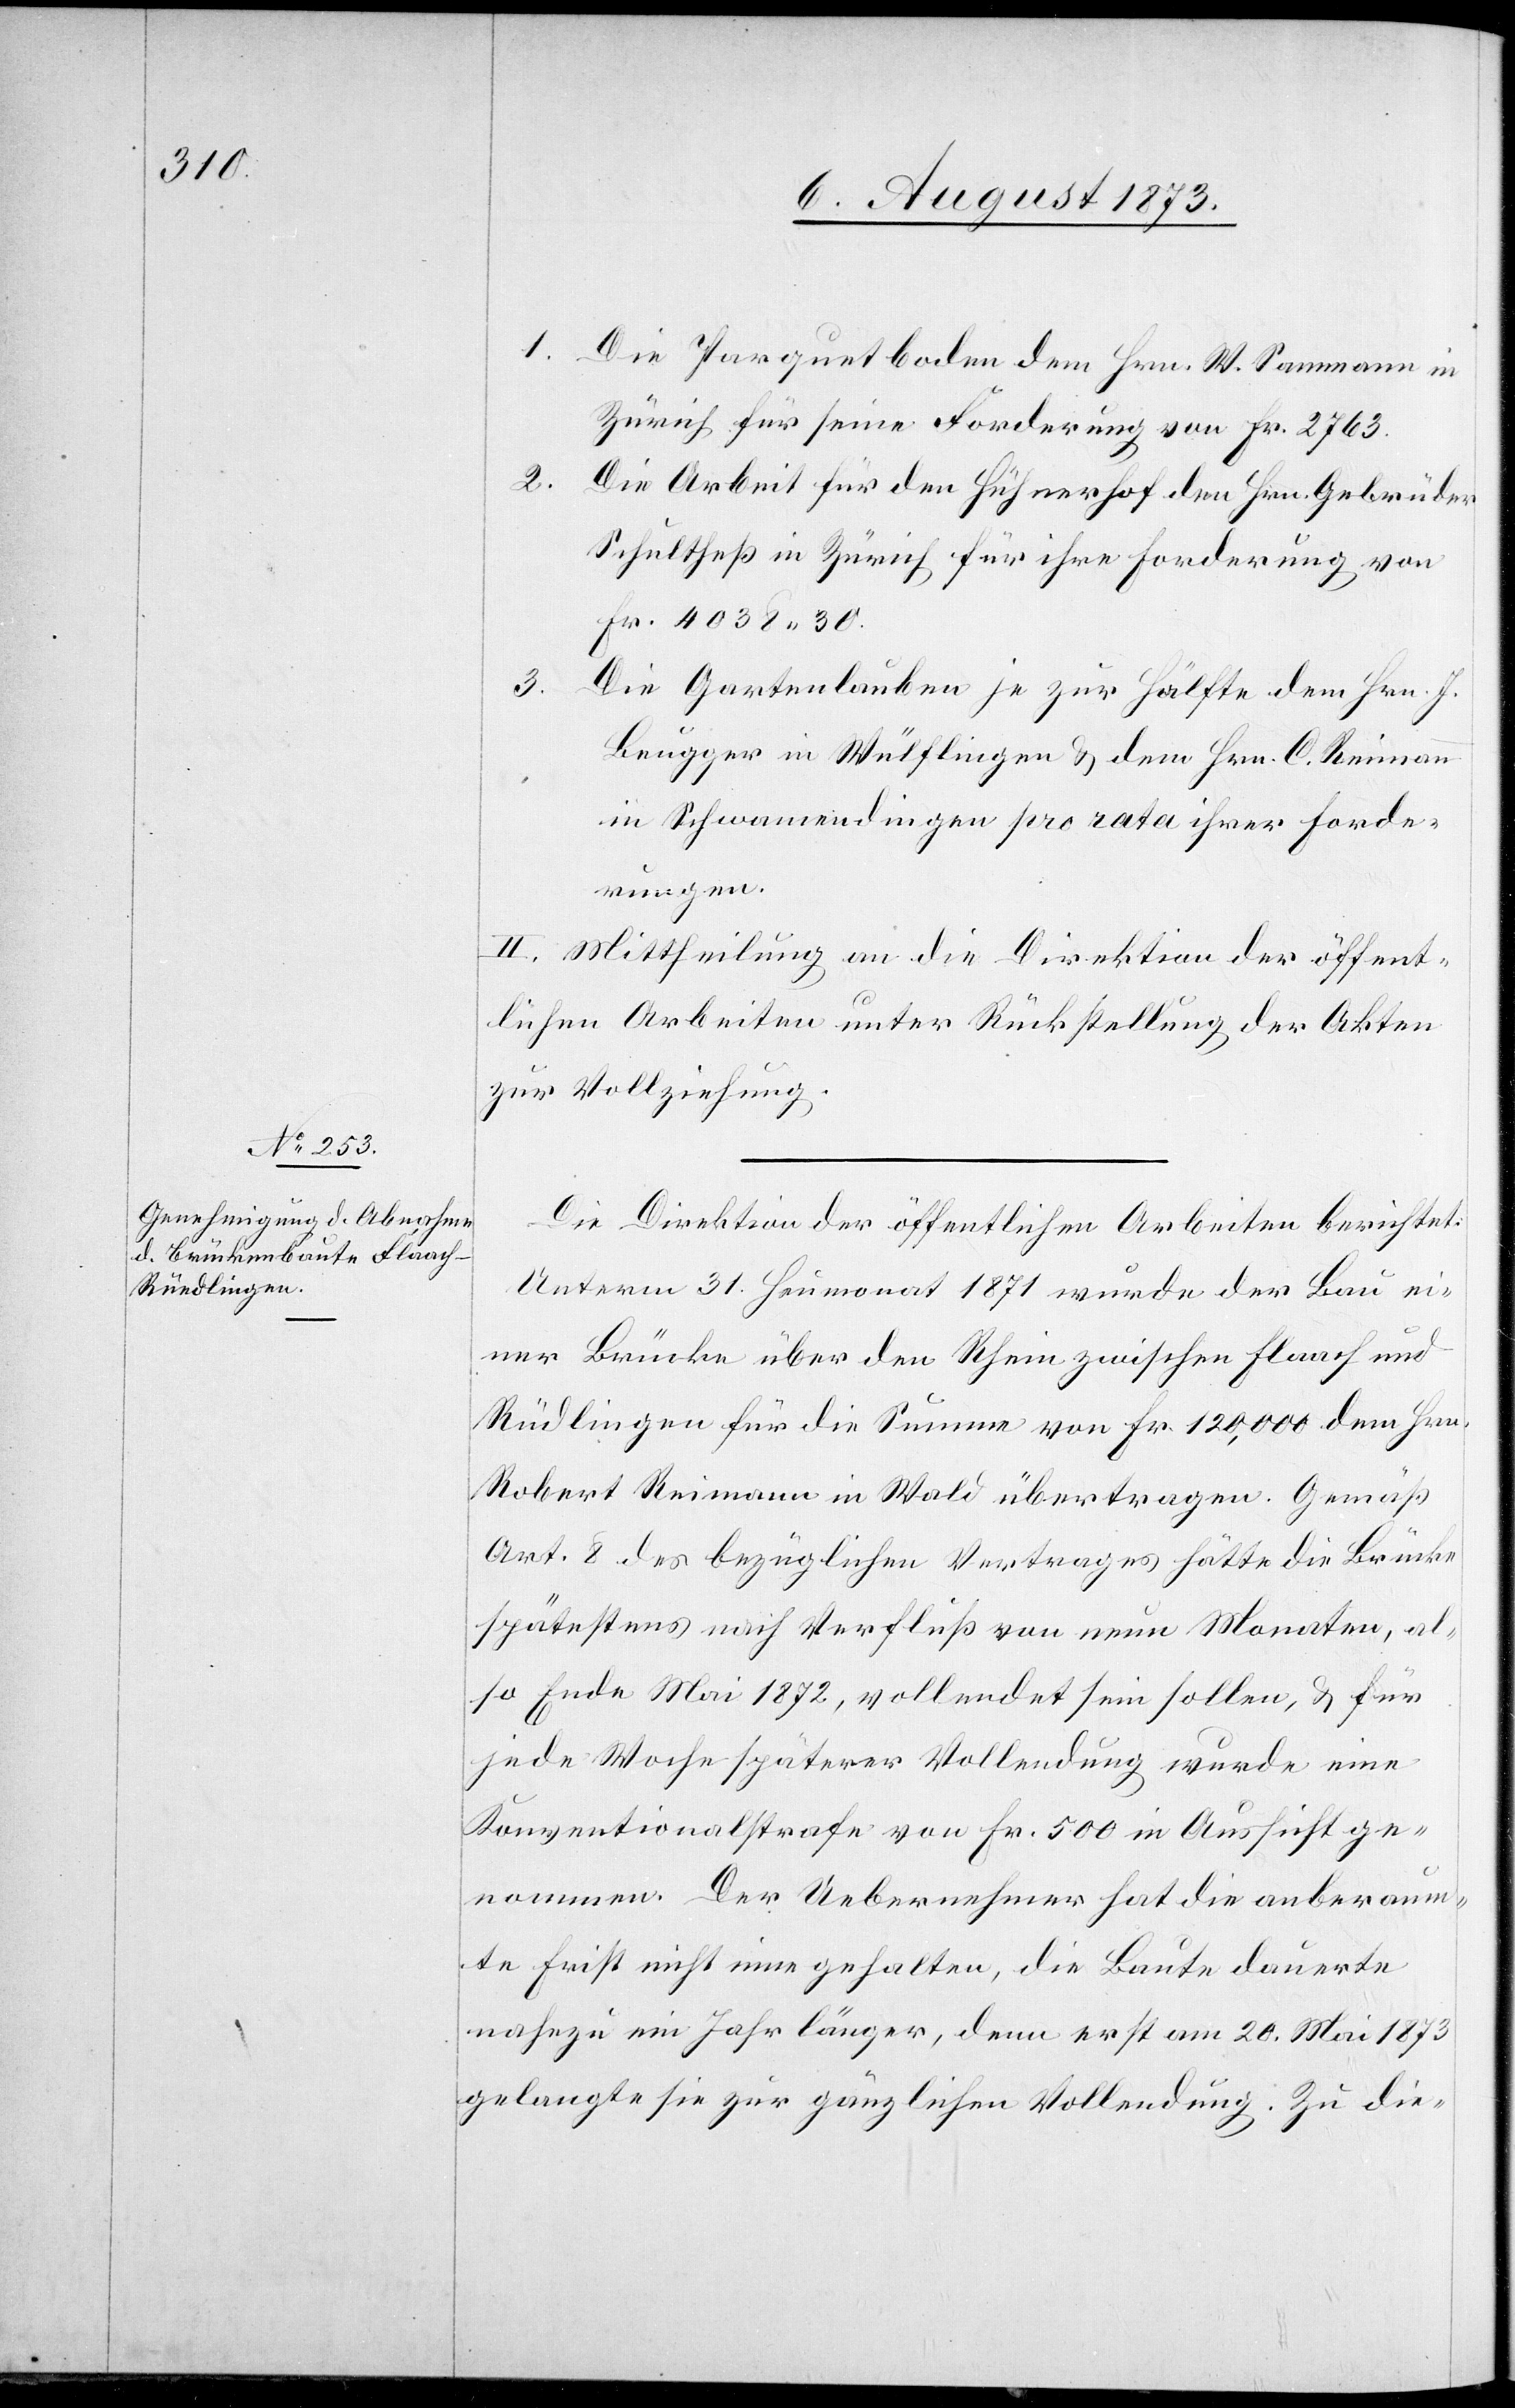
Rüdlingen

1.
Die Parquetboden dem Hrn. W. Sammann in
Zürich für seine Forderung von Fr. 2 763.
2.
Die Arbeit für den Hühnerhof den Hrn. Gebrüder
Schultheß in Zürich für ihre Forderung von
Fr. 4 038 30.
3.
Die Gartenlauben je zur Hälfte dem Hrn. J.
Beugger in Wülflingen & dem Hrn. C. Reimann
in Schwamendingen pro rata ihrer Forde¬
rungen.
II. Mittheilung an die Direktion der öffent¬
lichen Arbeiten unter Rückstellung der Akten
zur Vollziehung.
Die Direktion der öffentlichen Arbeiten berichtet:
Unterm 31. Heumonat 1871 wurde der Bau ei¬
ner Brücke über den Rhein zwischen Flaach und
Robert Reimann in Wald übertragen. Gemäß
Art. 8 des bezüglichen Vertrages hätte die Brücke
spätestens nach Verfluß von neun Monaten, al¬
so Ende Mai 1872, vollendet sein sollen, & für
jede Woche späterer Vollendung wurde eine
Konventionalstrafe von Fr. 500 in Aussicht ge¬
nommen. Der Uebernehmer hat die anberaum¬
te Frist nicht eine [sic!] gehalten, die Baute dauerte
nahezu ein Jahr länger, denn erst am 20. Mai 1873
gelangte sie zur gänzlichen Vollendung. Zu die-